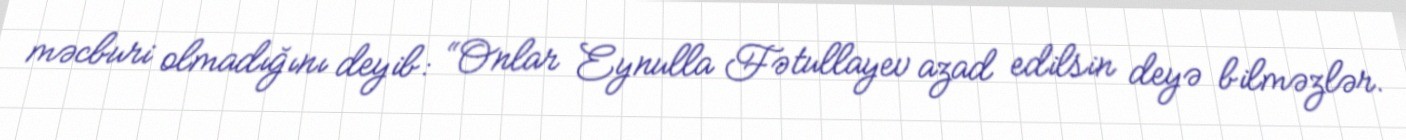
məcburi olmadığını deyib: “Onlar Eynulla Fətullayev azad edilsin deyə bilməzlər.